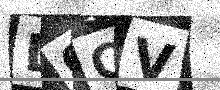
Text: D0CV